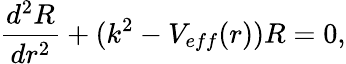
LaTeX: \frac{d^{2}R}{dr^{2}}+(k^{2}-V_{eff}(r))R=0,